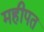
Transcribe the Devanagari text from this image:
महीपत